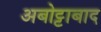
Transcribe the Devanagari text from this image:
अबोट्टाबाद